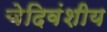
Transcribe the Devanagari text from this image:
चेदिवंशीय